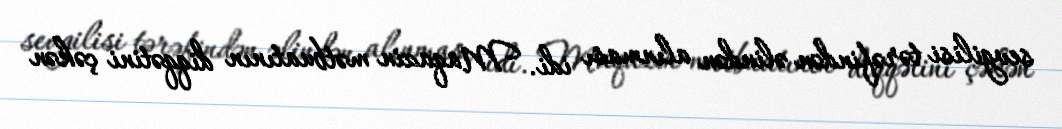
sevgilisi tərəfindən əlindən alınması idi. Maqazin mətbuatının diqqətini çəkən